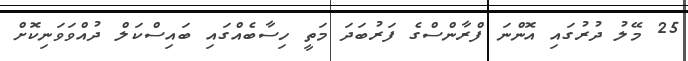
25 މޭލު ދުރުގައި އޮންނަ ފްރާންސްގެ ފަރުބަދަ މަތީ ހިސާބެއްގައި ބައިސްކަލް ދުއްވަވަނިކޮށް